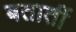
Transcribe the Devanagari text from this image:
बतातीं